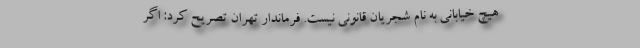
هیچ خیابانی به نام شجریان قانونی نیست. فرماندار تهران تصریح کرد: اگر